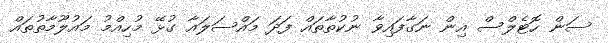
ސަން ހޮޓެލްސް އިން ނަގާފައިވާ ނުކުތާތައް ފަދަ މައްސަލައާ ގުޅޭ މުހިއްމު މައުލޫމާތުތައް